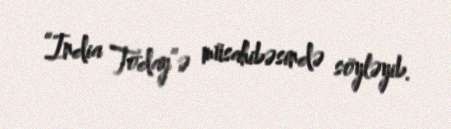
“India Today”ə müsahibəsində söyləyib.